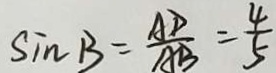
\sin B = \frac { A D } { A B } = \frac { 4 } { 5 }